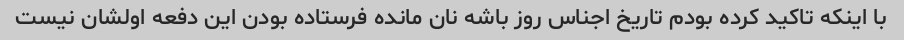
با اینکه تاکید کرده بودم تاریخ اجناس روز باشه نان مانده فرستاده بودن این دفعه اولشان نیست